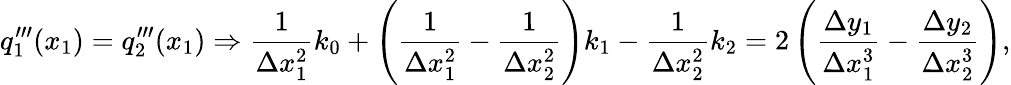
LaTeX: q_{1}^{\prime\prime\prime}(x_{1})=q_{2}^{\prime\prime\prime}(x_{1})\Rightarrow{\frac{1}{\Delta x_{1}^{2}}}k_{0}+\left({\frac{1}{\Delta x_{1}^{2}}}-{\frac{1}{\Delta x_{2}^{2}}}\right)k_{1}-{\frac{1}{\Delta x_{2}^{2}}}k_{2}=2\left({\frac{\Delta y_{1}}{\Delta x_{1}^{3}}}-{\frac{\Delta y_{2}}{\Delta x_{2}^{3}}}\right),